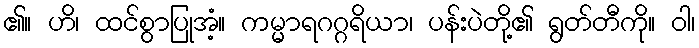
၏။ ဟိ၊ ထင်စွာပြုအံ့။ ကမ္မာရဂဂ္ဂရိယာ၊ ပန်းပဲတို့၏ ရွတ်တီကို။ ဝါ၊